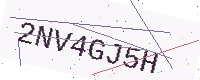
Text: 2NV4GJ5H